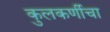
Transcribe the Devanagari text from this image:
कुलकर्णीचा